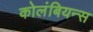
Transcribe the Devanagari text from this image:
कोलंबियन्स